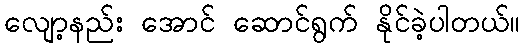
လျော့နည်း အောင် ဆောင်ရွက် နိုင်ခဲ့ပါတယ်။